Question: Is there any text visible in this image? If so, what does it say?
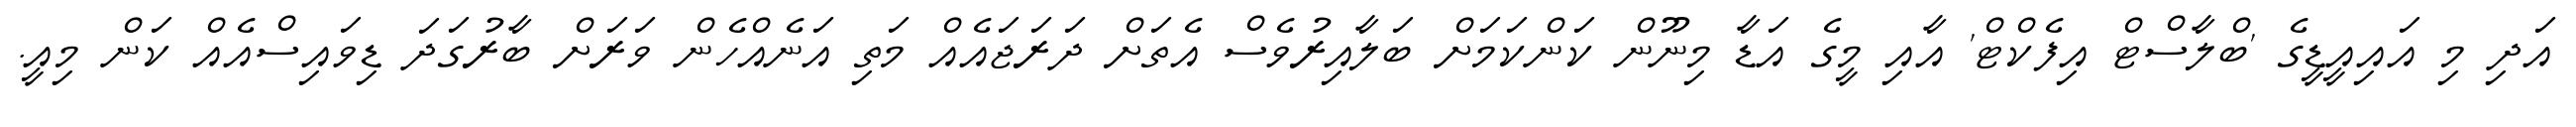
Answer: އަދި މި އައިއީޑީގެ 'ބްލާސްޓް އިފެކްޓް' އާއި މީގެ އަޑާ މިނޫން ކަންކަމަށް ބަލާއިރުވެސް އެތަށް ދަރަޖައެއް މަތި އަނެއްހެން ވަރަށް ބާރުގަދަ ޑިވައިސްއެއް ކަން މިއީ.